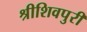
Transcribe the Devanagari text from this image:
श्रीशिवपुरी